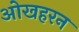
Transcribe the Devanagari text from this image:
ओखहरन